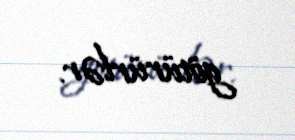
götürürlər.